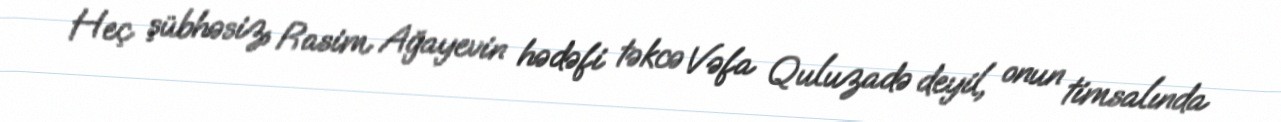
Heç şübhəsiz, Rasim Ağayevin hədəfi təkcə Vəfa Quluzadə deyil, onun timsalında